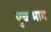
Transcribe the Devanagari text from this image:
पुच्छभाग